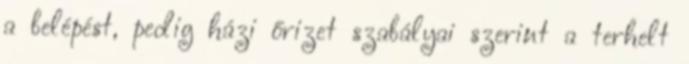
a belépést, pedig házi őrizet szabályai szerint a terhelt